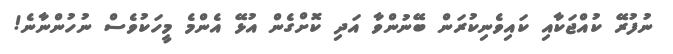
ނުފުރޭ ކުއްޖަކާއި ކައިވެނިކުރަން ބޭނުންވާ އަދި ކޮށްގެން އުޅޭ އެންމެ މީހަކުވެސް ނުހުންނާނެ!